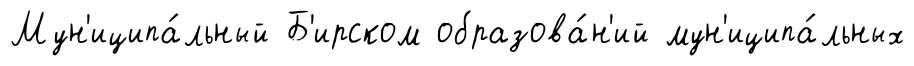
Мун'иципа́льный Б'ирском образова́н'ий мун'иципа́льных